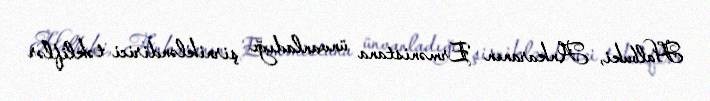
Halbuki, Ankaranın Ermənistana ünvanladığı şirnikləndirici təkliflər